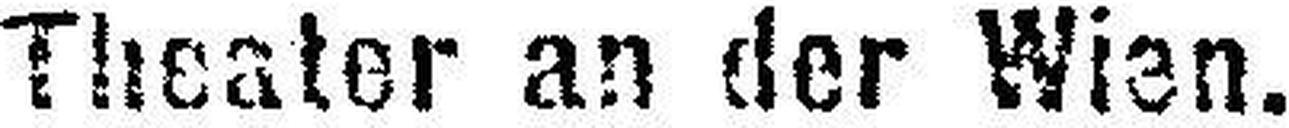
Theater an der Wien.